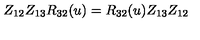
Z _ { 1 2 } Z _ { 1 3 } R _ { 3 2 } ( u ) = R _ { 3 2 } ( u ) Z _ { 1 3 } Z _ { 1 2 }